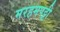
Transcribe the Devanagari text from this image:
मरहमपट्टी